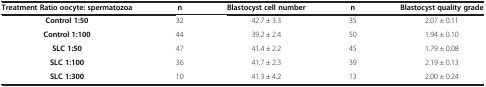
| Treatment Ratio oocyte: spermatozoa | n | Blastocyst cell number | n | Blastocyst quality grade |
 | --- | --- | --- | --- | --- |
 | Control 1:50 | 32 | 42.7 ± 3.3 | 35 | 2.07 ± 0.11 |
 | Control 1:100 | 44 | 39.2 ± 2.4 | 50 | 1.94 ± 0.10 |
 | SLC 1:50 | 47 | 41.4 ± 2.2 | 45 | 1.79 ± 0.08 |
 | SLC 1:100 | 36 | 41.7 ± 2.3 | 39 | 2.19 ± 0.13 |
 | SLC 1:300 | 10 | 41.3 ± 4.2 | 13 | 2.00 ± 0.24 |